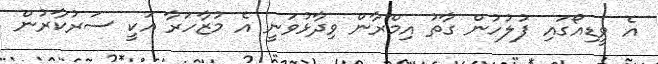
އެ ވީޑިއޯގައި ފުލުހުން ގާތު އިމްރާން ވިދާޅުވަނީ އެ މުޒާހަރާ އަކީ ސަރުކާރުން